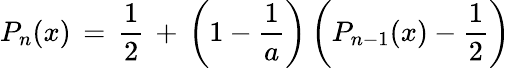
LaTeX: P_{n}(x)\, =\, \frac{1}{2}\, +\, \left(1-\frac{1}{a}\right)\left(P_{n-1}(x)-\frac{1}{2}\right)